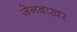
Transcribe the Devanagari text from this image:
जेनबाखर